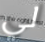
لي